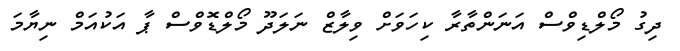
ދިގު މޯލްޑިވްސް އަނަންތާރާ ކިހަވަށް ވިލާޒް ނަލަދޫ މޯލްޑޮވްސް ޕާ އަކުއަމް ނިޔާމަ